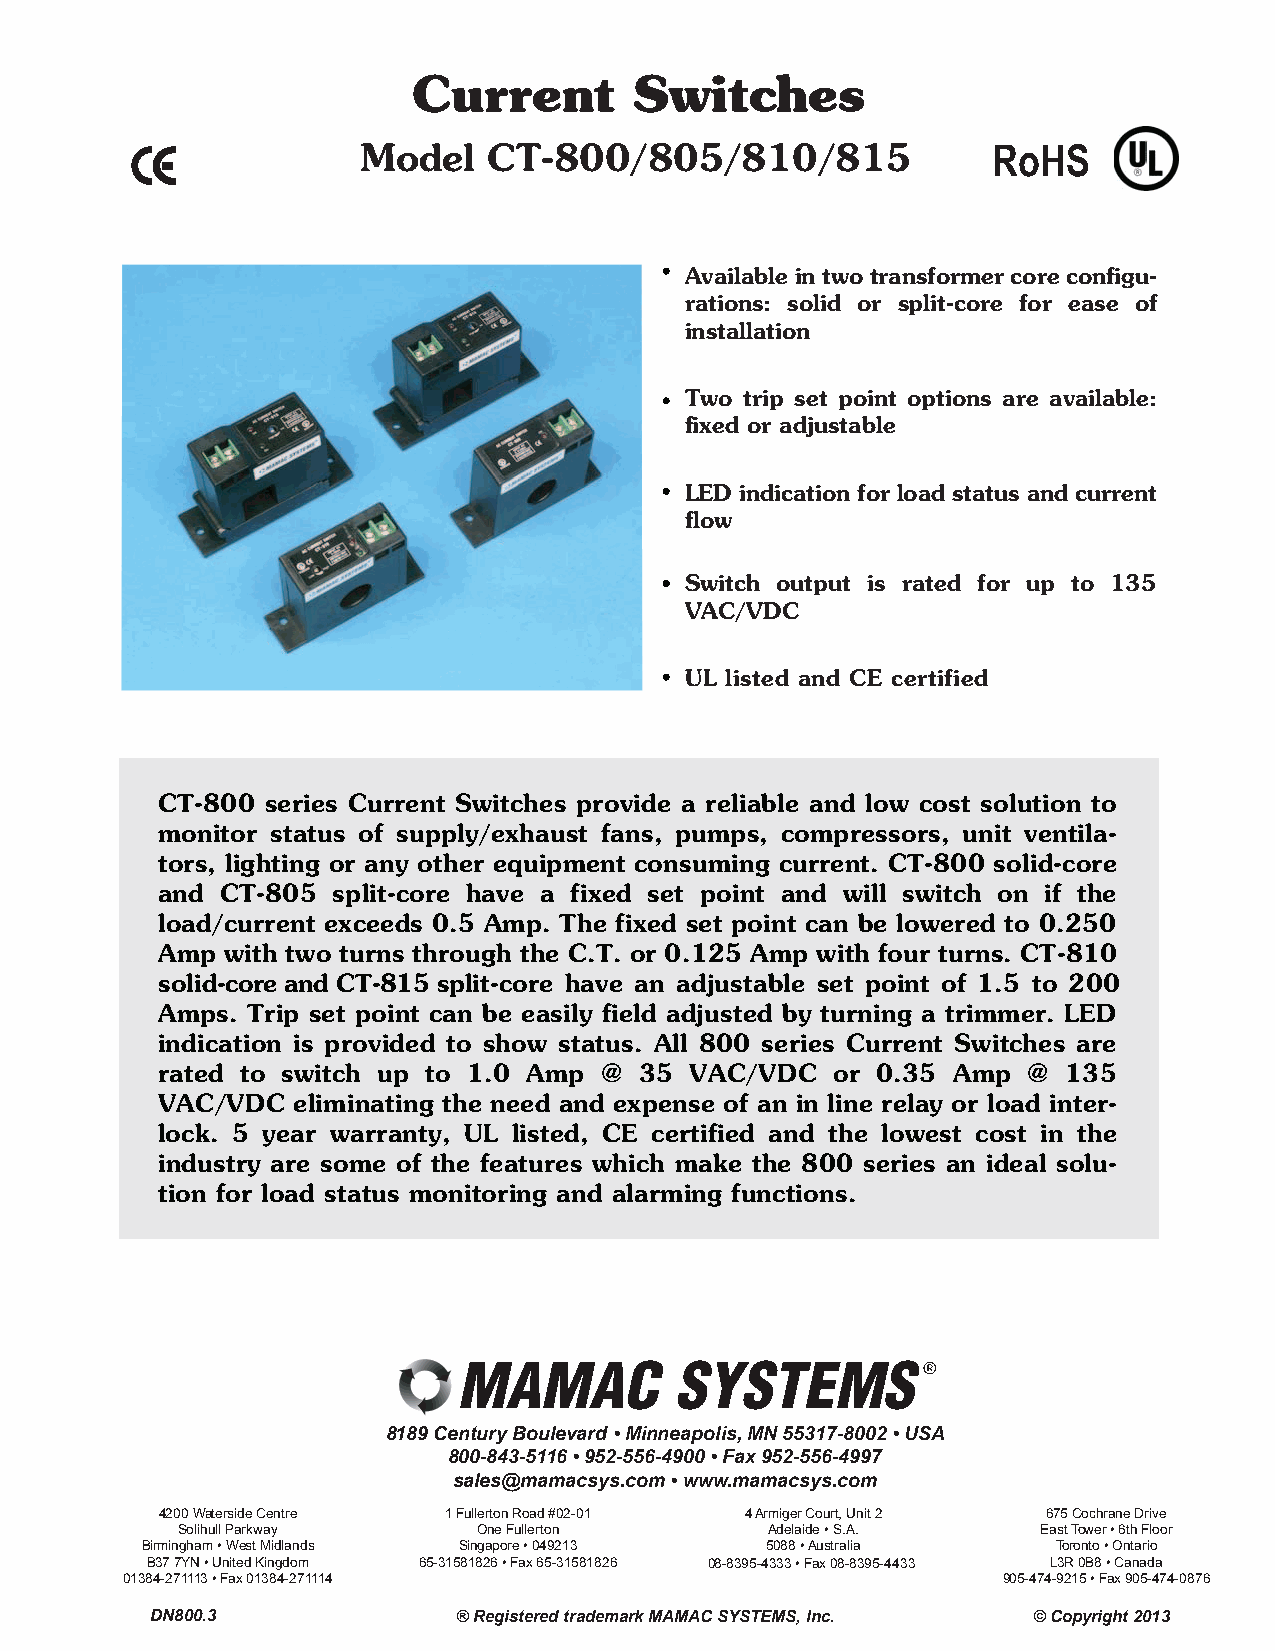
Current        Switches
 Model   CT-800/805/810/815                RoHS
 Available in two transformer core configu-
 rations: solid or split-core for ease of
 installation
 Two trip set point options are available:
 fixed or adjustable
 LED indication for load status and current
 flow
 Switch output is rated for up to 135
 VAC/VDC
 UL listed and CE certified
 CT-800  series Current Switches provide a reliable and low cost solution to
 monitor status of supply/exhaust fans, pumps, compressors, unit ventila-
 tors, lighting or any other equipment consuming current. CT-800 solid-core
 and  CT-805 split-core have a fixed set point and will switch on if the
 load/current exceeds 0.5 Amp. The fixed set point can be lowered to 0.250
 Amp  with two turns through the C.T. or 0.125 Amp with four turns. CT-810
 solid-core and CT-815 split-core have an adjustable set point of 1.5 to 200
 Amps. Trip set point can be easily field adjusted by turning a trimmer. LED
 indication is provided to show status. All 800 series Current Switches are
 rated to switch up to 1.0 Amp @ 35  VAC/VDC  or 0.35 Amp  @  135
 VAC/VDC  eliminating the need and expense of an in line relay or load inter-
 lock. 5 year warranty, UL listed, CE certified and the lowest cost in the
 industry are some of the features which make the 800 series an ideal solu-
 tion for load status monitoring and alarming functions.
 8189 Century Boulevard • Minneapolis, MN 55317-8002 • USA
 800-843-5116 • 952-556-4900 • Fax 952-556-4997
 sales@mamacsys.com • www.mamacsys.com
 4200 Waterside Centre 1 Fullerton Road #02-01 4 Armiger Court, Unit 2 675 Cochrane Drive
 Solihull Parkway    One Fullerton      Adelaide • S.A.   East Tower • 6th Floor
 Birmingham • West Midlands Singapore • 049213 5088 • Australia Toronto • Ontario
 B37 7YN • United Kingdom 65-31581826 • Fax 65-31581826 08-8395-4333 • Fax 08-8395-4433 L3R 0B8 • Canada
 01384-271113 • Fax 01384-271114                           905-474-9215 • Fax 905-474-0876
 DN800.3             ® Registered trademark MAMAC SYSTEMS, Inc. © Copyright 2013